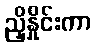
ညှိနှိုင်းကာ